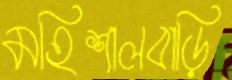
মহিশালবাড়ি